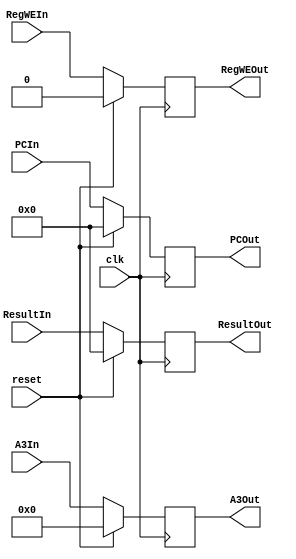
`timescale 1ns / 1ps
//////////////////////////////////////////////////////////////////////////////////
// Company: 
// Engineer: 
// 
// Design Name: 
// Module Name:    MWreg 
// Project Name: 
// Target Devices: 
// Tool versions: 
// Description: 
//
// Dependencies: 
//
// Revision: 
// Revision 0.01 - File Created
// Additional Comments: 
//
//////////////////////////////////////////////////////////////////////////////////
module MWreg(
	input clk,
	input reset,
	//Data	
	input [31:0] ResultIn,
	input [4:0] A3In,
	output [31:0] ResultOut,
	output [4:0] A3Out,
	//Ctrl
	input RegWEIn,
	output RegWEOut,
	//PC
	input [31:0] PCIn,
	output [31:0] PCOut
	);
	
	reg [31:0] Result=0;
	reg [4:0] A3=0;
	
	assign ResultOut=Result;
	assign A3Out=A3;
	
	reg RegWE=0;
	
	assign RegWEOut=RegWE;
	
	reg [31:0] PC=0;
	assign PCOut=PC;
	
	always @(posedge clk)
	begin
		if(reset)
		begin
			Result<=0;
			A3<=0;
			RegWE<=0;
			PC<=0;
		end
		else
		begin
			Result<=ResultIn;
			A3<=A3In;
			RegWE<=RegWEIn;
			PC<=PCIn;
		end
	end

endmodule